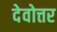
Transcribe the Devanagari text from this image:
देवोत्तर